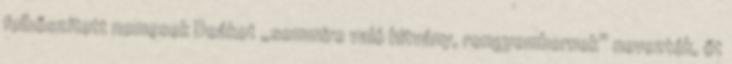
felbőszített nemesek Deákot „semmire való hitvány, rongyembernek” nevezték, őt